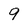
Character: 9